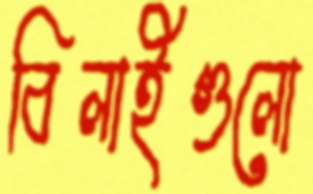
বিলাইগুলো